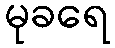
မုခရေ